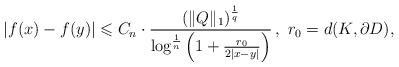
LaTeX: \begin{align*}|f(x)-f(y)|\leqslant C_n \cdot\frac{(\Vert Q\Vert_1)^{\frac{1}{q}}}{\log^{\frac{1}{n}}\left(1+\frac{r_0}{2|x-y|}\right)}\,,\,\,r_0=d(K, \partial D),\end{align*}